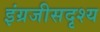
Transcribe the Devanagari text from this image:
इंग्रजीसदृश्य